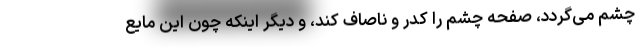
چشم می‌گردد، صفحه چشم را کدر و ناصاف کند، و دیگر اینکه چون این مایع